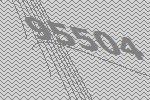
95504